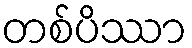
တစ်ပိဿာ